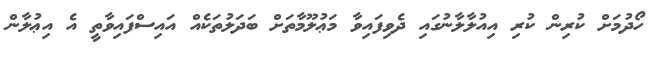
ހޯދުމަށް ކުރިން ކުރި އިއުލާލާނުގައި ދެވިފައިވާ މަޢުލޫމާތަށް ބަދަލުތަކެއް އައިސްފައިވާތީ އެ އިޢުލާން